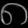
Digit: ၈